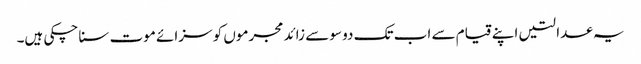
یہ عدالتیں اپنے قیام سے اب تک دو سو سے زائد مجرموں کو سزائے موت سنا چکی ہیں۔